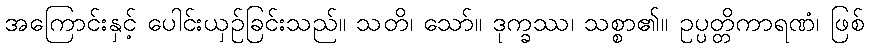
အကြောင်းနှင့် ပေါင်းယှဉ်ခြင်းသည်။ သတိ၊ သော်။ ဒုက္ခဿ၊ သစ္စာ၏။ ဥပ္ပတ္တိကာရဏံ၊ ဖြစ်